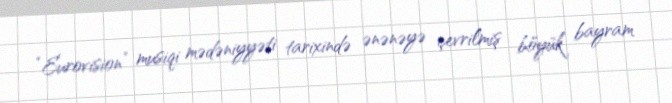
“Eurovision” musiqi mədəniyyəti tarixində ənənəyə çevrilmiş böyük bayram